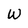
Character: W